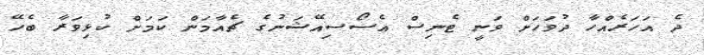
ދެ އަހަރެއްހާ ދުވަހަށް ވަނީ ޓެނިސް އެސޯސިއޭޝަނުގެ ޗެއާމަން ކަމަށް ކުޅިވަރާ ބެހޭ